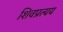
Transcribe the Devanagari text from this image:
शिवप्रत्यय